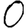
Digit: 0